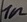
Text: 1n